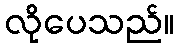
လိုပေသည်။